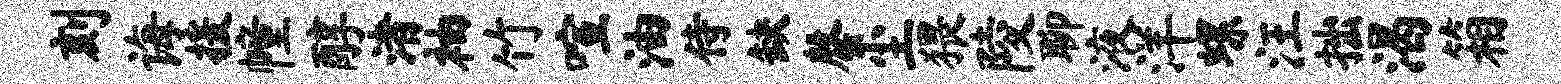
刻诲援幢醇渚袖竹喧油侍缺罄尘猥陵聊液洋螺汪拙渴箱